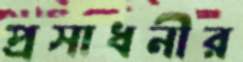
প্রসাধনীর